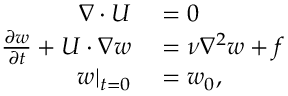
\begin{array} { r l } { \nabla \cdot \boldsymbol { U } } & { { } = 0 } \\ { \frac { \partial w } { \partial t } + \boldsymbol { U } \cdot \nabla w } & { { } = \nu \nabla ^ { 2 } w + f } \\ { w | _ { t = 0 } } & { { } = w _ { 0 } , } \end{array}